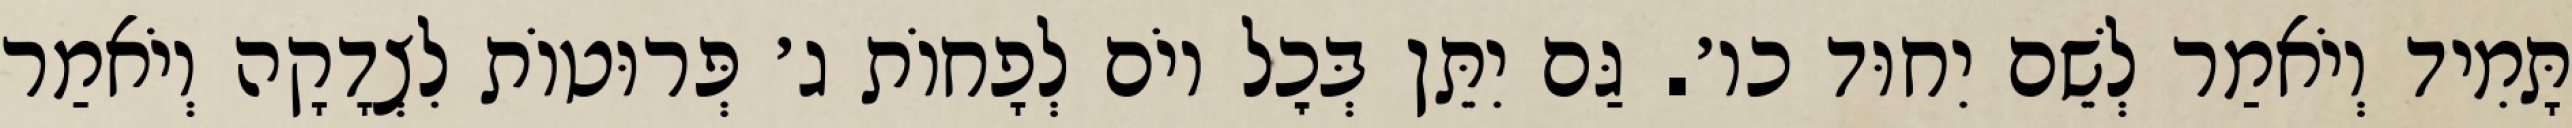
תָּמִיד וְיֹאמַר לְשֵׁם יִחוּד כו׳. גַּם יִתֵּן בְּכׇל יוֹם לְפָחוֹת ג׳ פְּרוּטוֹת לִצְדָקָה וְיֹאמַר